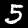
Digit: 5